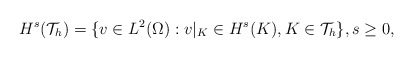
\begin{align*}H^s(\mathcal{T}_h)=\{v\in L^2(\Omega):v|_K\in H^s(K),K\in\mathcal{T}_h\},s\ge 0,\end{align*}